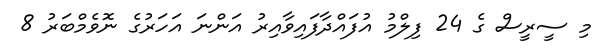
މި ސީރީސް ގެ 24 ފިލްމު އުފައްދާފައިވާއިރު އަންނަ އަހަރުގެ ނޮވެމްބަރު 8